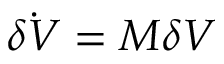
\Dot { \delta V } = M \delta V